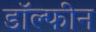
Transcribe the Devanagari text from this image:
डॉल्‍फीन